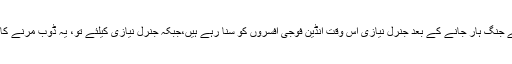
مصنف بریگیڈیئر صدیق سالک صفحہ ۲۰۹) یاد رہے یہ لطیفے جنگ ہار جانے کے بعد جنرل نیازی اس وقت انڈین فوجی افسروں کو سنا رہے ہیں،جبکہ جنرل نیازی کیلئے تو، یہ ڈوب مرنے کا مقام تھےایک تو جنگ میں شکست اور پھر یہ بےہودہ لطیفے۔